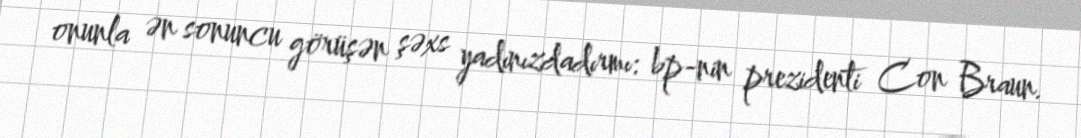
onunla ən sonuncu görüşən şəxs yadınızdadırmı: bp-nin prezidenti Con Braun.